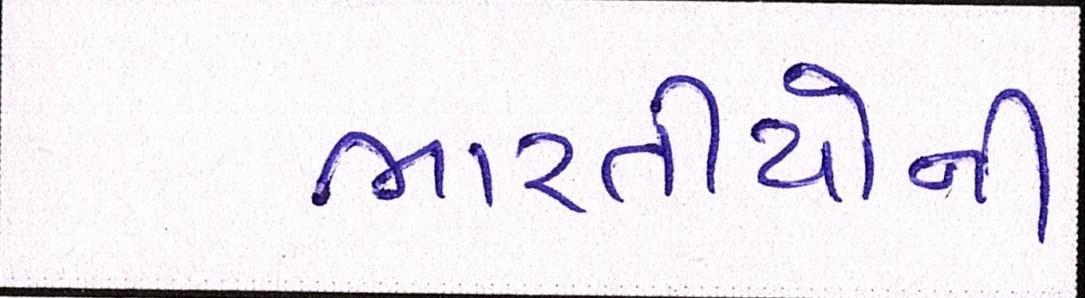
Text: ભારતીયોની